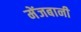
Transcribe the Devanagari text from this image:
मेंजबानी